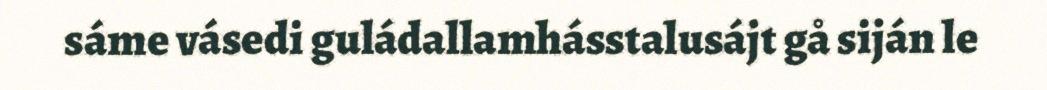
sáme vásedi guládallamhásstalusájt gå siján le